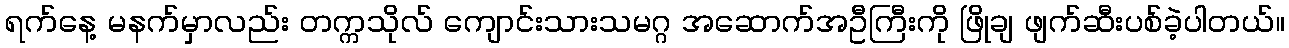
ရက်နေ့ မနက်မှာလည်း တက္ကသိုလ် ကျောင်းသားသမဂ္ဂ အဆောက်အဦကြီးကို ဖြိုချ ဖျက်ဆီးပစ်ခဲ့ပါတယ်။